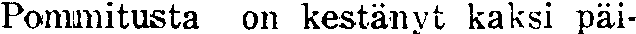
Pommitusta on kestänyt kaksi päi-